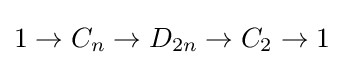
1\to C_{n}\to D_{2n}\to C_{2}\to 1